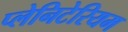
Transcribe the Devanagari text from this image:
प्लेनिटेरियम